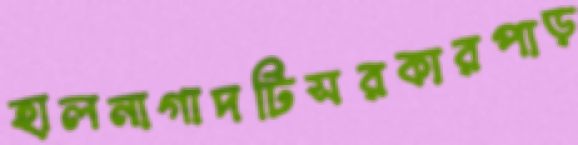
হালনাগাদটিসরকারপাড়